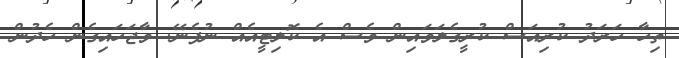
ތިހާ ހަރަދު ކުރިއަސް ކުރީގެލަވައިން ވެސް އެ ކޮލިޓީއެއް ނުފެނޭ. ވާޖަހައިގެން ހެދުން